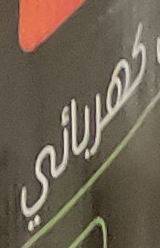
كهربائي